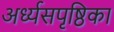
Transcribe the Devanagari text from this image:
अर्ध्यसपृष्ठिका